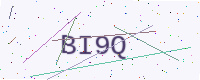
Text: BI9Q